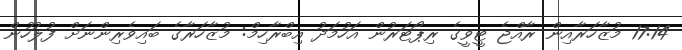
17:14 މުޒާހަރާއިން ރާއްޖެ ޓީވީގެ ރިޕޯޓަރުން އަހުމަދު އިބްރާހިމް: މުޒާހަރާގެ ބައިވެރިންނަށް ފުލުހުން